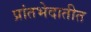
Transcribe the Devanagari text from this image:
प्रांतभेदातीत